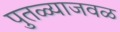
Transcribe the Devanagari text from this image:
पुतळ्याजवळ